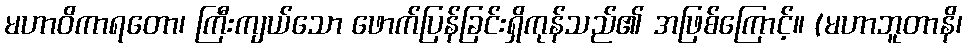
မဟာဝိကာရတော၊ ကြီးကျယ်သော ဖောက်ပြန်ခြင်းရှိကုန်သည်၏ အဖြစ်ကြောင့်။ (မဟာဘူတာနိ၊